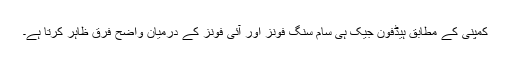
کمپنی کے مطابق ہیڈفون جیک ہی سام سنگ فونز اور آئی فونز کے درمیان واضح فرق ظاہر کرتا ہے۔